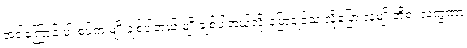
အဲဒါကြောင့် ပါးစပ်က မျိုးချစ်ပါတယ် မျိုးချစ်ပါတယ်လို့ ပြောချင်သ လို့ပြော လူမျိုးတို့ရဲ့ လက္ခဏာ